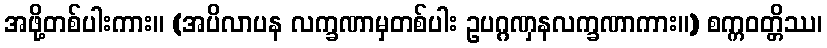
အဖို့တစ်ပါးကား။ (အပိလာပန လက္ခဏာမှတစ်ပါး ဥပဂ္ဂဏှနလက္ခဏာကား။) စက္ကဝတ္တိဿ၊